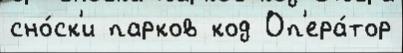
сно́ск'и парков код Оп'ера́тор